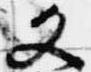
文